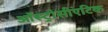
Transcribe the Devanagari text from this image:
ऑस्ट्रोसीएटिक